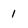
Character: 1